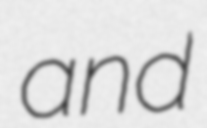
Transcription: and